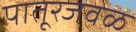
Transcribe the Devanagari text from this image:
पातूरजवळ